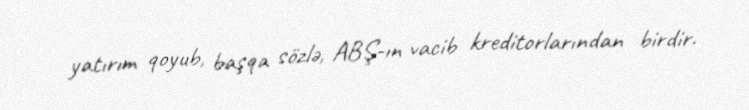
yatırım qoyub, başqa sözlə, ABŞ-ın vacib kreditorlarından birdir.